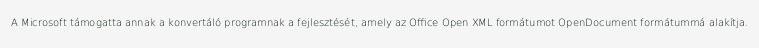
A Microsoft támogatta annak a konvertáló programnak a fejlesztését, amely az Office Open XML formátumot OpenDocument formátummá alakítja.